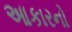
આકારનો